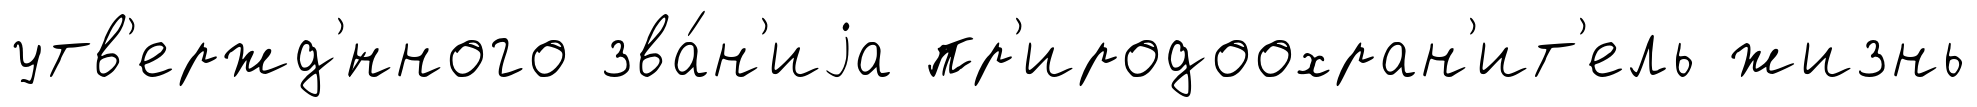
утв'ержд'́нного зва́н'иjа пр'иродоохран'ит'ель жизнь